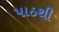
પાઠથી